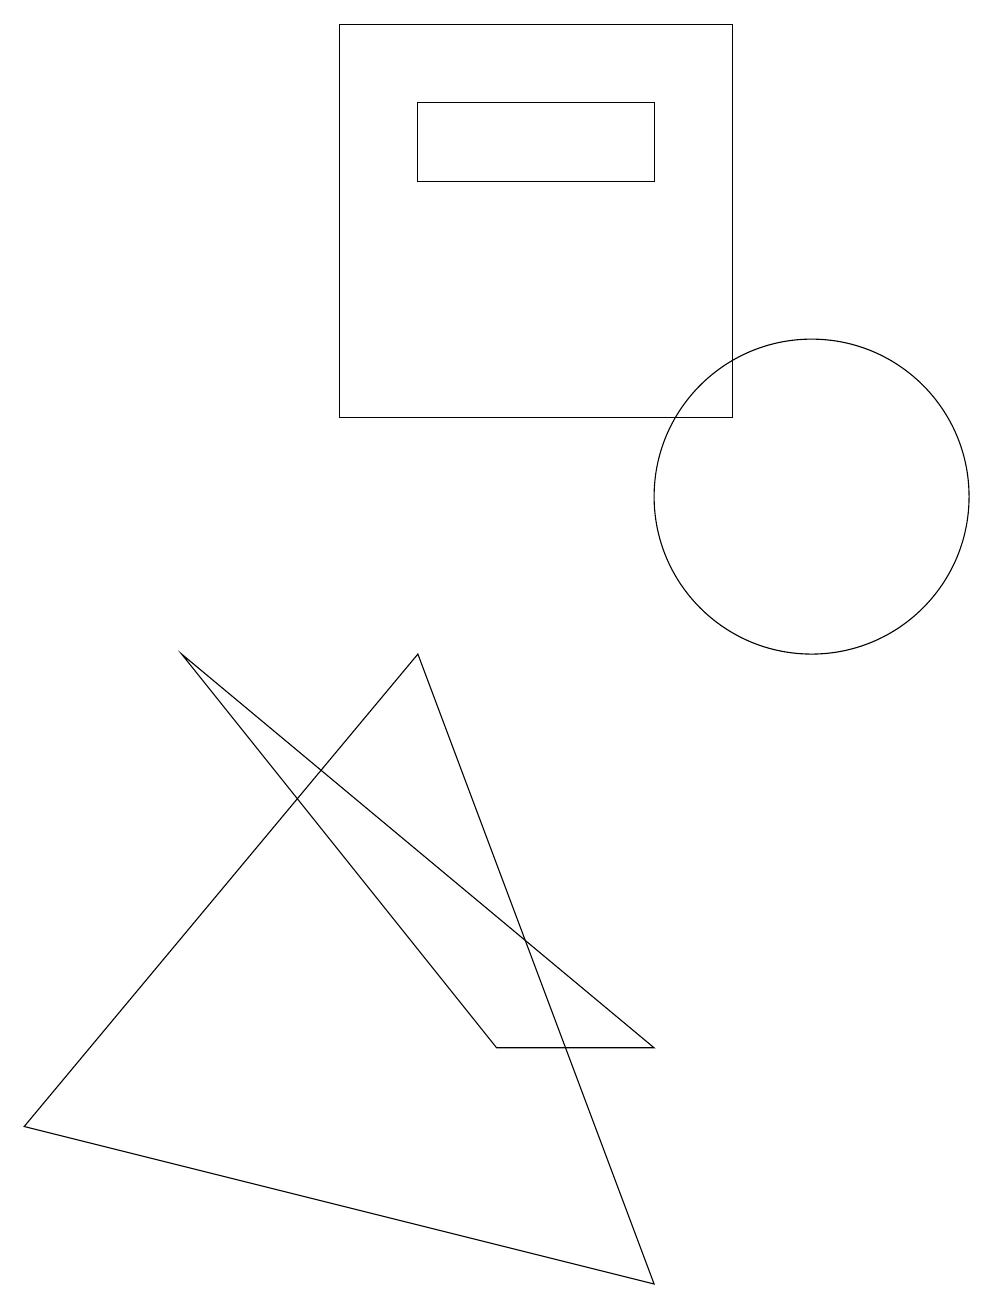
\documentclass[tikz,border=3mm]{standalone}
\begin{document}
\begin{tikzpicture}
\draw (2,8) -- (8,3) -- (6,3) -- cycle;
\draw (10,10) circle (2);
\draw (8,0) -- (5,8) -- (0,2) -- cycle;
\draw (9,11) rectangle (4,16);
\draw (5,15) rectangle (8,14);
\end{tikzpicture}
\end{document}